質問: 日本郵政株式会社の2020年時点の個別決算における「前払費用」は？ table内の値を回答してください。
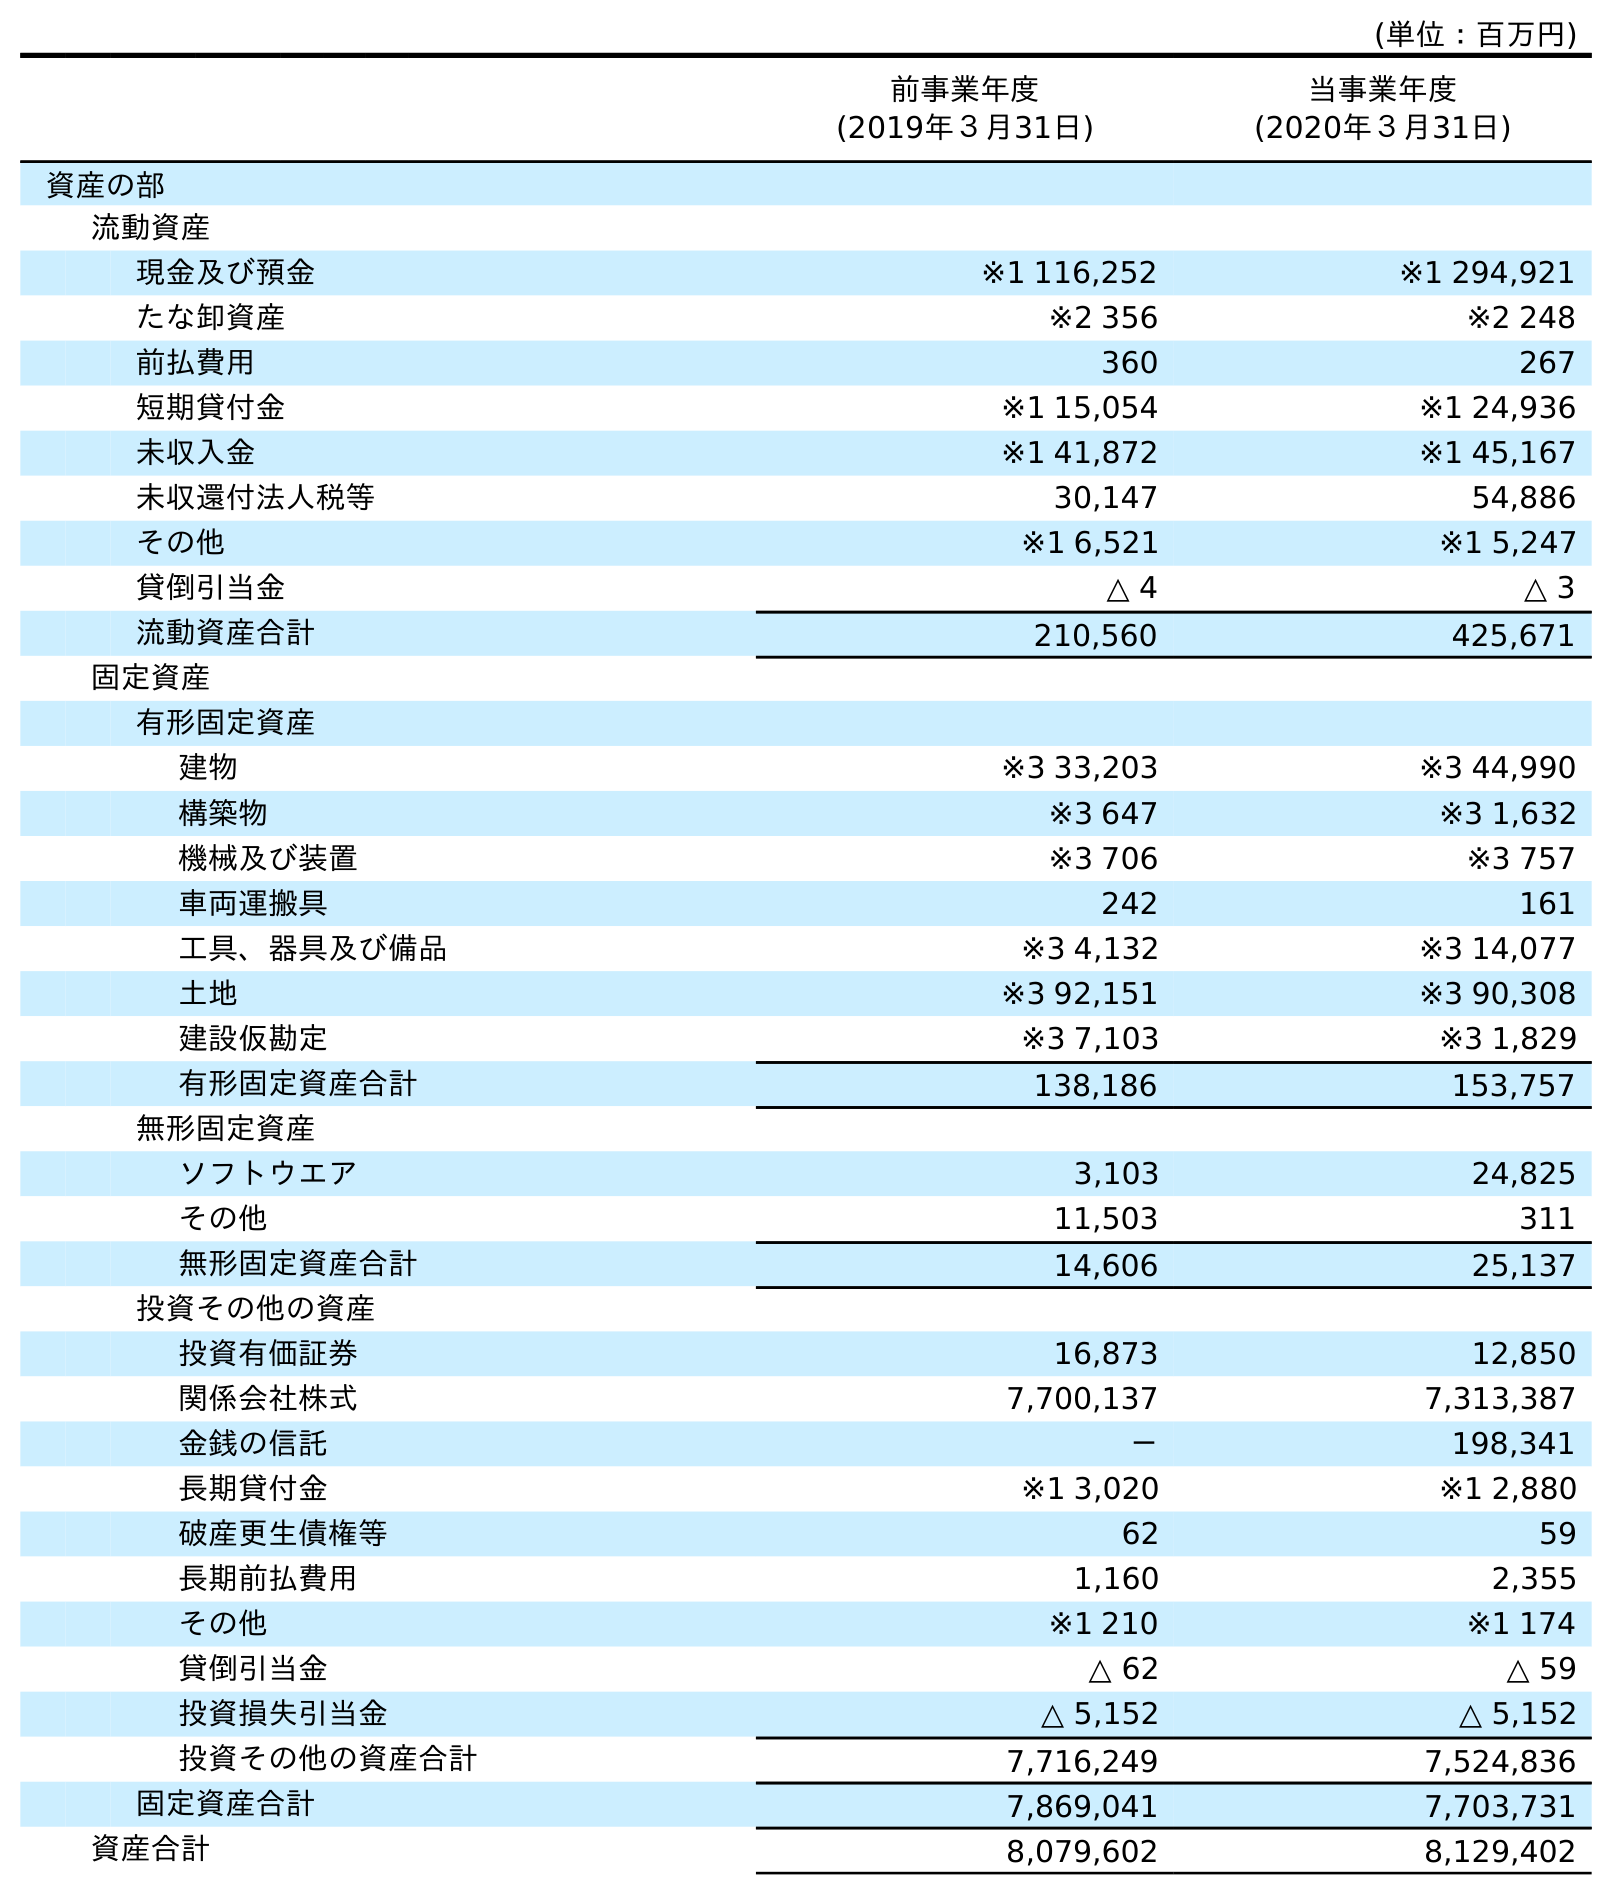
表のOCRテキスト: (単位：百万円) 前事業年度 (2019年３月31日) 当事業年度 (2020年３月31日) 資産の部 流動資産 現金及び預金 ※1 116,252 ※1 294,921 たな卸資産 ※2 356 ※2 248 前払費用 360 267 短期貸付金 ※1 15,054 ※1 24,936 未収入金 ※1 41,872 ※1 45,167 未収還付法人税等 30,147 54,886 その他 ※1 6,521 ※1 5,247 貸倒引当金 △ 4 △ 3 流動資産合計 210,560 425,671 固定資産 有形固定資産 建物 ※3 33,203 ※3 44,990 構築物 ※3 647 ※3 1,632 機械及び装置 ※3 706 ※3 757 車両運搬具 242 161 工具、器具及び備品 ※3 4,132 ※3 14,077 土地 ※3 92,151 ※3 90,308 建設仮勘定 ※3 7,103 ※3 1,829 有形固定資産合計 138,186 153,757 無形固定資産 ソフトウエア 3,103 24,825 その他 11,503 311 無形固定資産合計 14,606 25,137 投資その他の資産 投資有価証券 16,873 12,850 関係会社株式 7,700,137 7,313,387 金銭の信託 － 198,341 長期貸付金 ※1 3,020 ※1 2,880 破産更生債権等 62 59 長期前払費用 1,160 2,355 その他 ※1 210 ※1 174 貸倒引当金 △ 62 △ 59 投資損失引当金 △ 5,152 △ 5,152 投資その他の資産合計 7,716,249 7,524,836 固定資産合計 7,869,041 7,703,731 資産合計 8,079,602 8,129,402
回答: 267